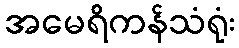
အမေရိကန်သံရုံး